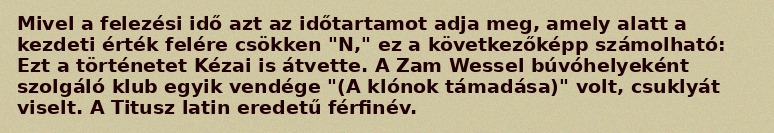
Mivel a felezési idő azt az időtartamot adja meg, amely alatt a kezdeti érték felére csökken "N," ez a következőképp számolható: Ezt a történetet Kézai is átvette. A Zam Wessel búvóhelyeként szolgáló klub egyik vendége "(A klónok támadása)" volt, csuklyát viselt. A Titusz latin eredetű férfinév.